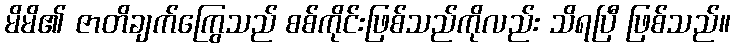
မိမိ၏ ဇာတိချက်ကြွေသည် စစ်ကိုင်းဖြစ်သည်ကိုလည်း သိရပြီ ဖြစ်သည်။